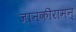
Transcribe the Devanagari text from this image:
जानकीरामन्